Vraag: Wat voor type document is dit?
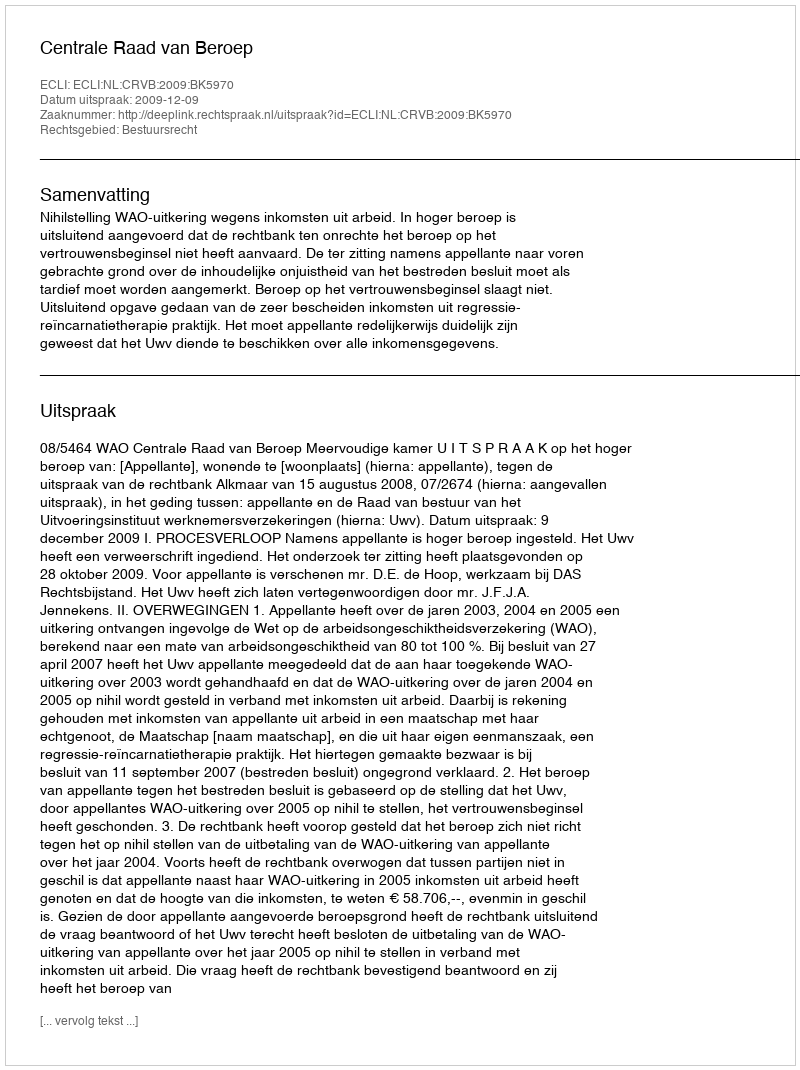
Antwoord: Uitspraak